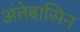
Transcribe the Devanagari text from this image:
अंतेबासिन